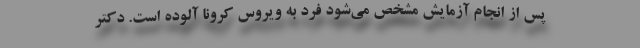
پس از انجام آزمایش مشخص می‌شود فرد به ویروس کرونا آلوده است. دکتر